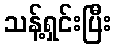
သန့်ရှင်းပြီး